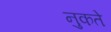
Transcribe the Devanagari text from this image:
नुकते